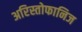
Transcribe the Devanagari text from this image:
अरिस्तोफानिज